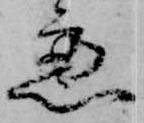
慮